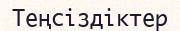
Теңсіздіктер